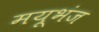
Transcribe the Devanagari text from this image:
मयूभंज